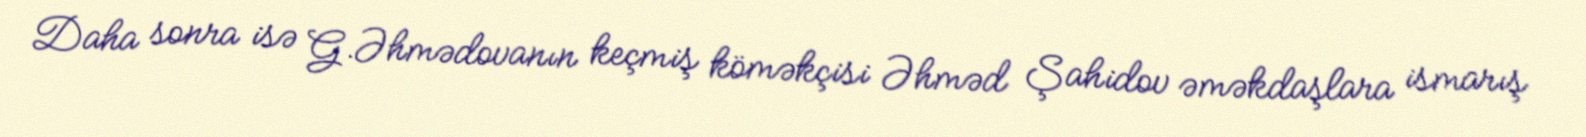
Daha sonra isə G.Əhmədovanın keçmiş köməkçisi Əhməd Şahidov əməkdaşlara ismarış